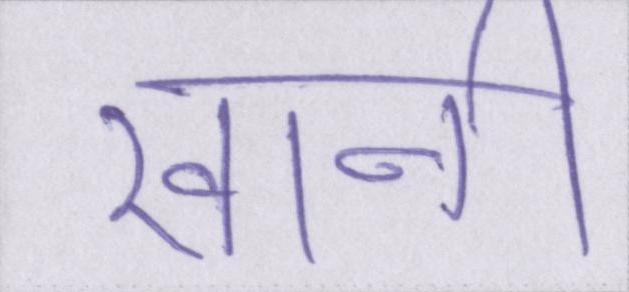
खानी